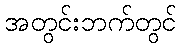
အတွင်းဘက်တွင်